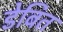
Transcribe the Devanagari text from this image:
डेबित